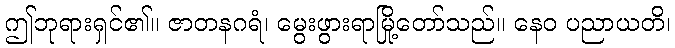
ဤဘုရားရှင်၏။ ဇာတနဂရံ၊ မွေးဖွားရာမြို့တော်သည်။ နေဝ ပညာယတိ၊